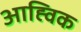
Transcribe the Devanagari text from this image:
आह्विक